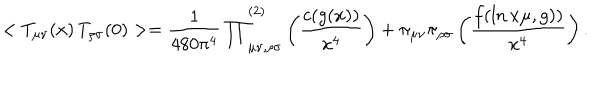
< T _ { \mu \nu } ( x ) \, T _ { \rho \sigma } ( 0 ) > = { \frac { 1 } { 4 8 0 \pi ^ { 4 } } \prod } _ { \mu \nu , \rho \sigma } ^ { ( 2 ) } \left( { \frac { c ( g ( x ) ) } { x ^ { 4 } } } \right) + \pi _ { \mu \nu } \pi _ { \rho \sigma } \left( { \frac { f ( \ln x \mu , g ) ) } { x ^ { 4 } } } \right) .